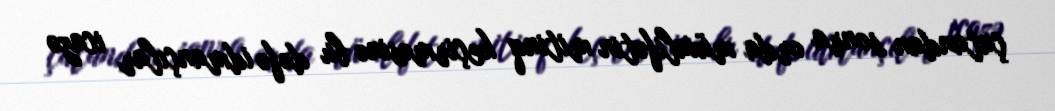
çatandan sonra orda müxalifətin mitinq keçirməsinə bu dəfə idmançılar icazə